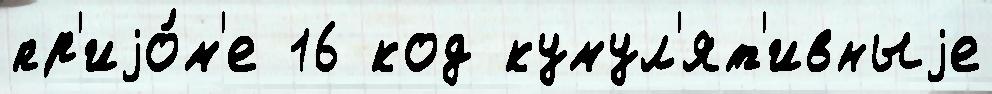
пр'иjо́м'е 16 код кумул'ят'ивныjе